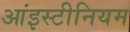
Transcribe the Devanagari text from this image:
आंइस्टीनियम